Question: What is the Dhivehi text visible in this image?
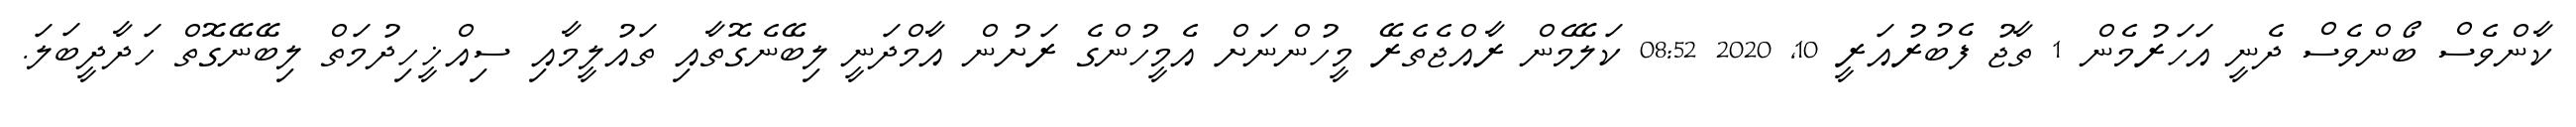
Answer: ކާންވެސް ބޯންވެސް ދެނީ އަހަރުމެން 1 ތާޖު ފެބުރުއަރީ 10, 2020 08:52 ކަލޭމެން ރާއްޖެތެރޭ މީހުންނަށް އެމީހުންގެ ރަށުން އާމްދަނީ ލިބޭނެގޮތާއި ތައުލީމާއި ސިއްޚީހިދުމަތް ލިބޭނޭގޮތް ހަދާދީބަލަ.